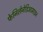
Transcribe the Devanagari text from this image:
फेनिलेनेडिआमाइन